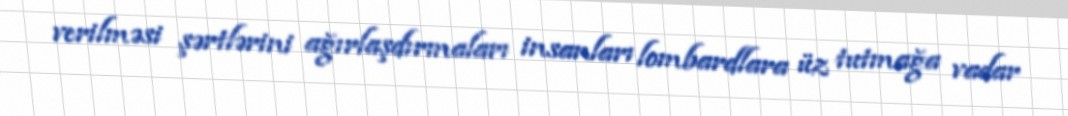
verilməsi şərtlərini ağırlaşdırmaları insanları lombardlara üz tutmağa vadar